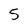
Character: 5